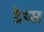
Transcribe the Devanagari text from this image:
डेथ्स